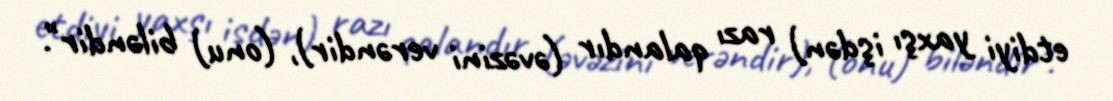
etdiyi yaxşı işdən) razı qalandır (əvəzini verəndir), (onu) biləndir".